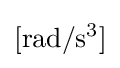
\mathrm {[rad/s^{3}]}